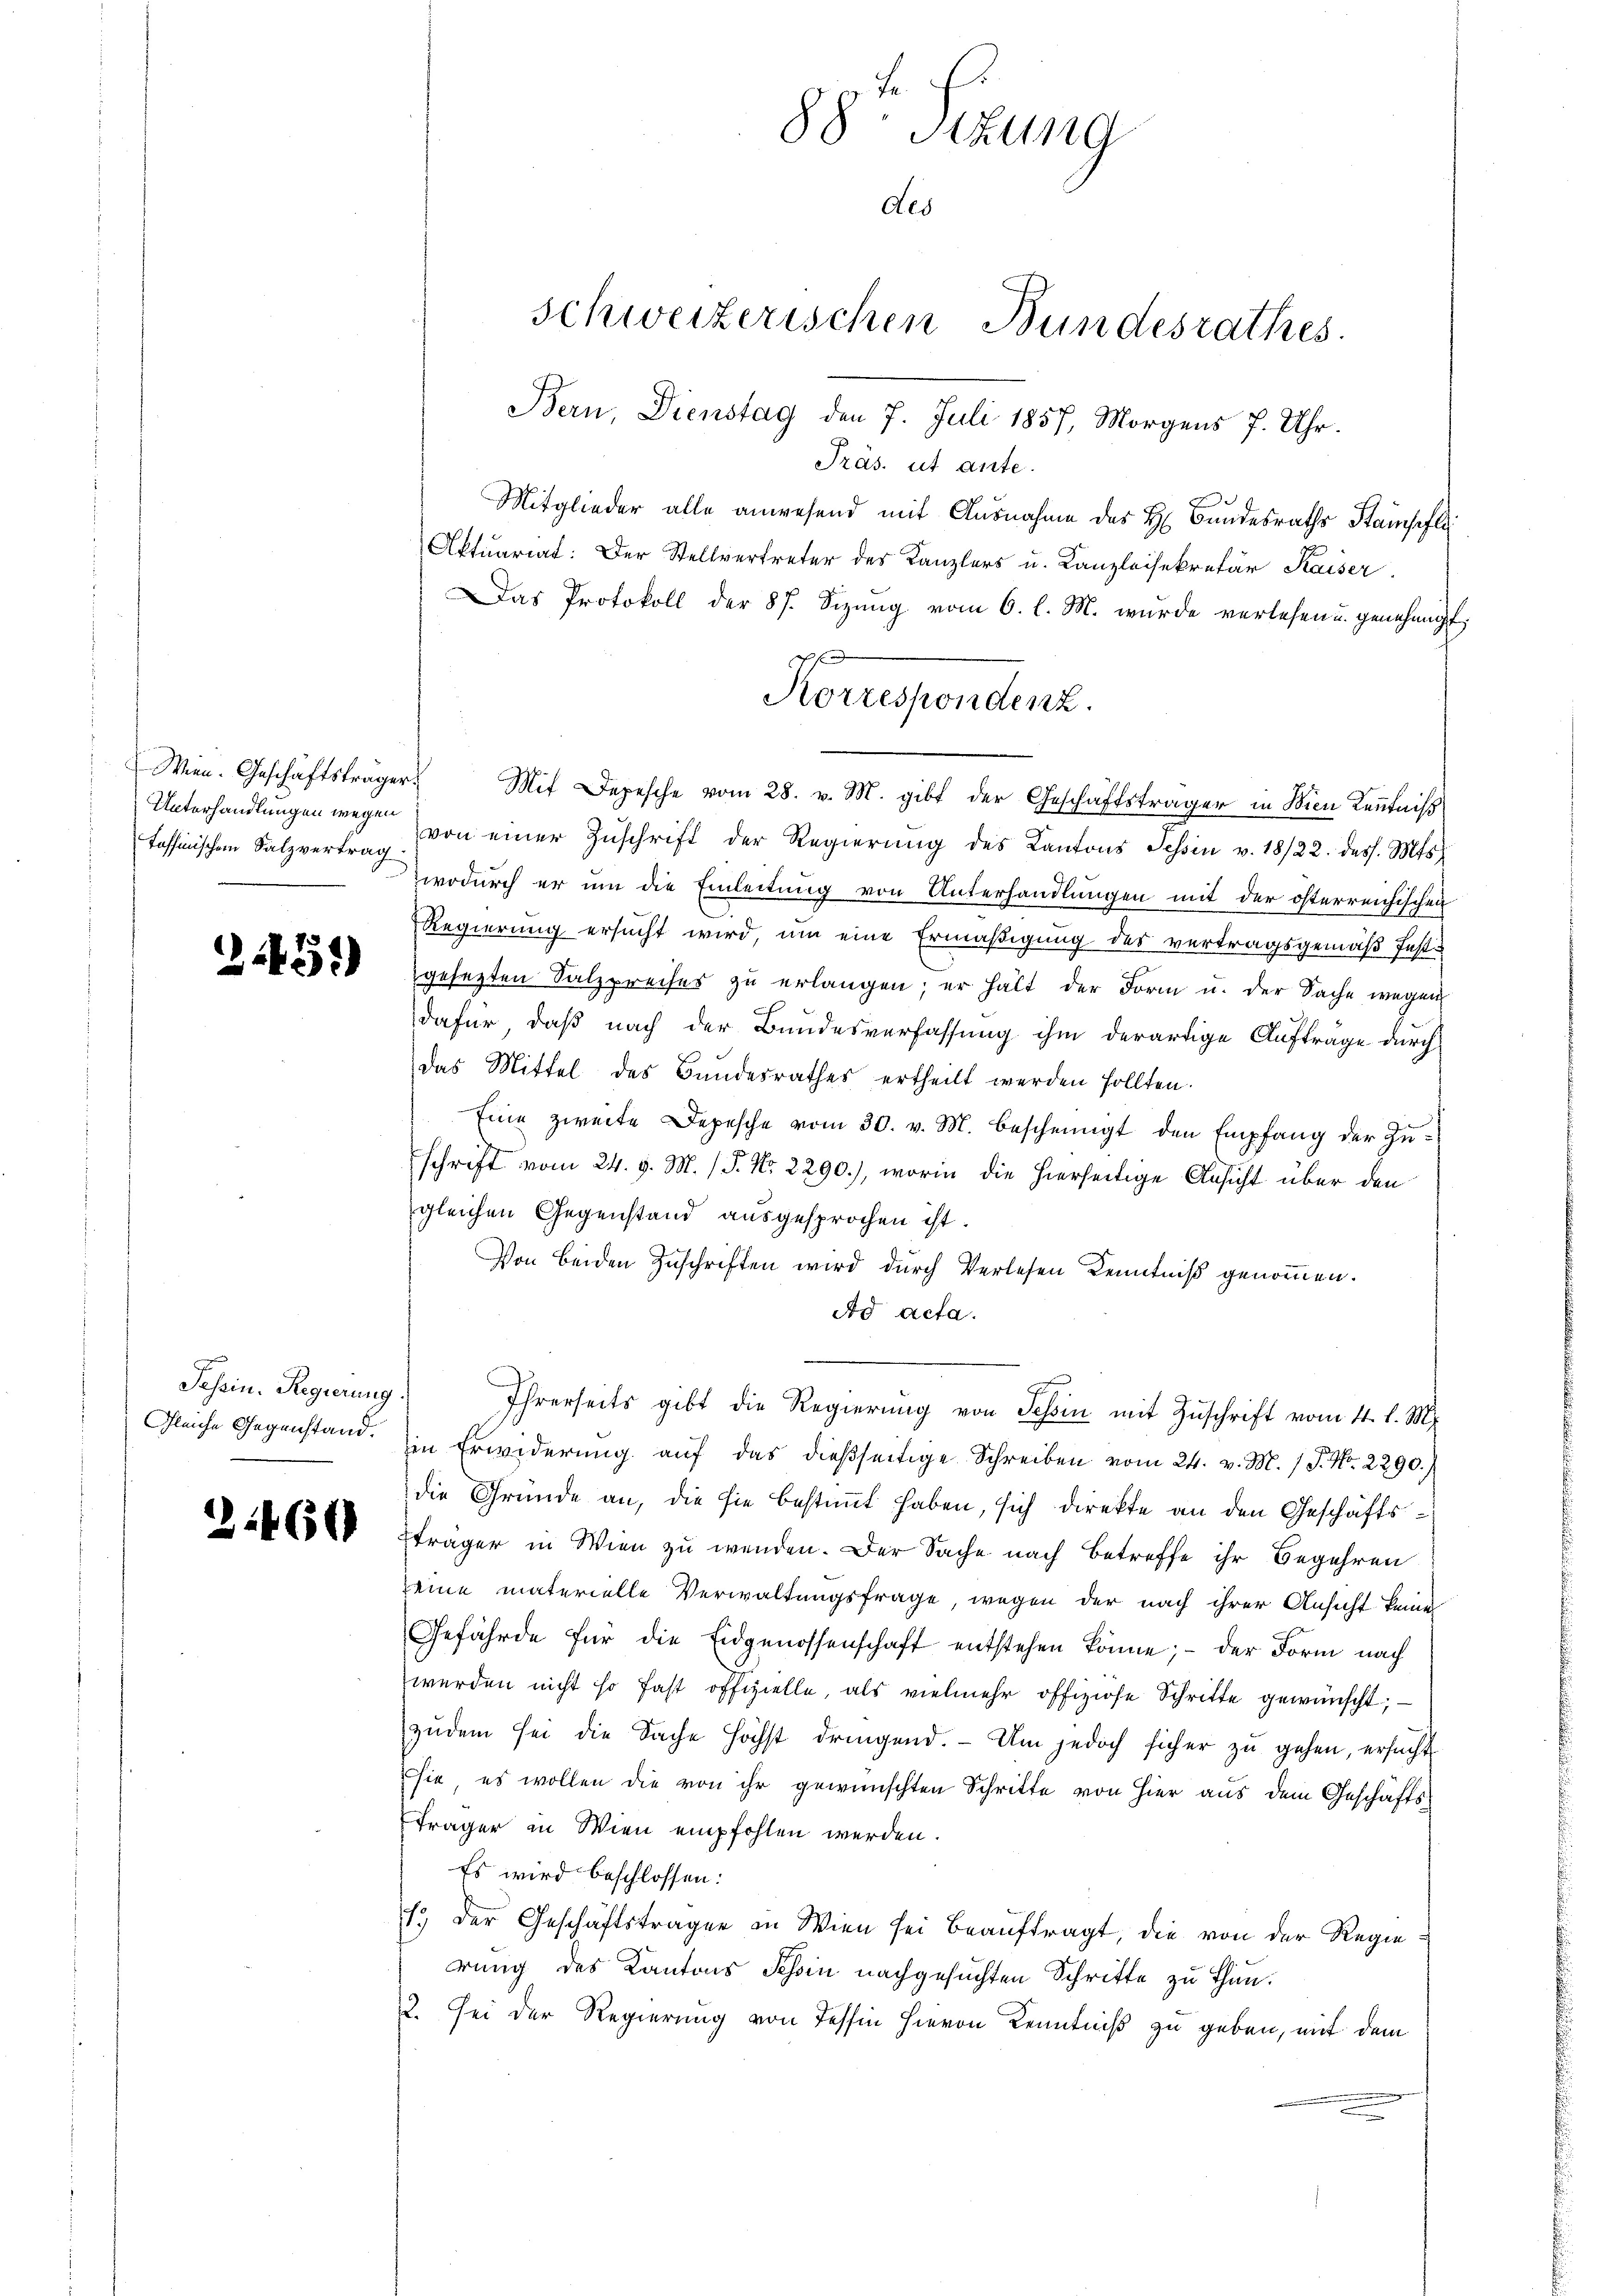
Unterhandlungen wegen

2431

Tessin. Regierung.

3460

Bern, Dienstag den 7. Juli 1857, Morgens 7. Uhr.
Präs. ut ante.
Mitglieder alle anwesend mit Ausnahme des H. Bundesraths Stampfli
Aktuariat: Der Stellvertreter des Kanzlers u. Kanzleisekretär Kaiser
Das Protokoll der 87. Sizung vom 6. l. M. wurde verlesen u. genehmigt,
Wien. Geschäftsträger Mit Depesche vom 28. v. M. gibt der Geschäftsträger in Wien Keṅtniss
tessinischen Salzvertrag von einer Zŭschrift der Regierŭng des Kantons Tessin v. 18/22. dess. Mts.
wodurch er um die Einleitung von Unterhandlungen mit der österreichischen
Regierung ersucht wird, um eine Ermäßigung des vertragsgemäß festgesezten Salzpreises zu erlangen; er hält der Form u. der Sache wegen
dafür, daß nach der Bundesverfassung ihm derartige Aufträge durch
das Mittel des Bundesrathes ertheilt werden sollten.
Eine zweite Depesche vom 30. v. M. bescheinigt den Empfang der Zuschrift vom 24. d. M. / P. Nr. 2290), worin die hierseitige Ansicht über den
gleichen Gegenstand ausgesprochen ist.
Von beiden Zuschriften wird durch Verlesen Kenntniß genommen.
Ad Acta.
Ihrerseits gibt die Regierŭng von Tessin mit Zŭschrift vom 4. l. M.
Gleiche Gegenstand. Ein Erwiderung auf das dießseitige Schreiben vom 24. v. M. / P. Nr. 2290.)
die Gründe an, die sie bestimmt haben, sich direkte an den Geschäftsträger in Wien zu wenden. Der Sache nach Betreffe ihr Begehren
seine materielle Verwaltungsfrage wegen der nach ihrer Ansicht keine
Gefährde für die Eidgenossenschaft entstehen könne; - der Form nach
werden nicht so fast offizielle, als vielmehr offiziöse Schritte gewünscht;
zudem sei die Sache höchst dringend. Um jedoch sicher zu gehen, ersucht
sie es wollen die von ihr gewünschten Schritte von Hier aus dem Geschäfts¬
Träger in Wien empfohlen werden.
Es wird beschlossen:
1., der Geschäftstragen in Wien sei beauftragt, die von der Regierung des Kantons Schin nachgesuchten Schritte zu thun.
2. Sei der Regierung von Tessin hievon Kenntniß zu geben, mit dem

88 Stzung
des

Schweizerischen Bundesrathes.

Korrespondenz.